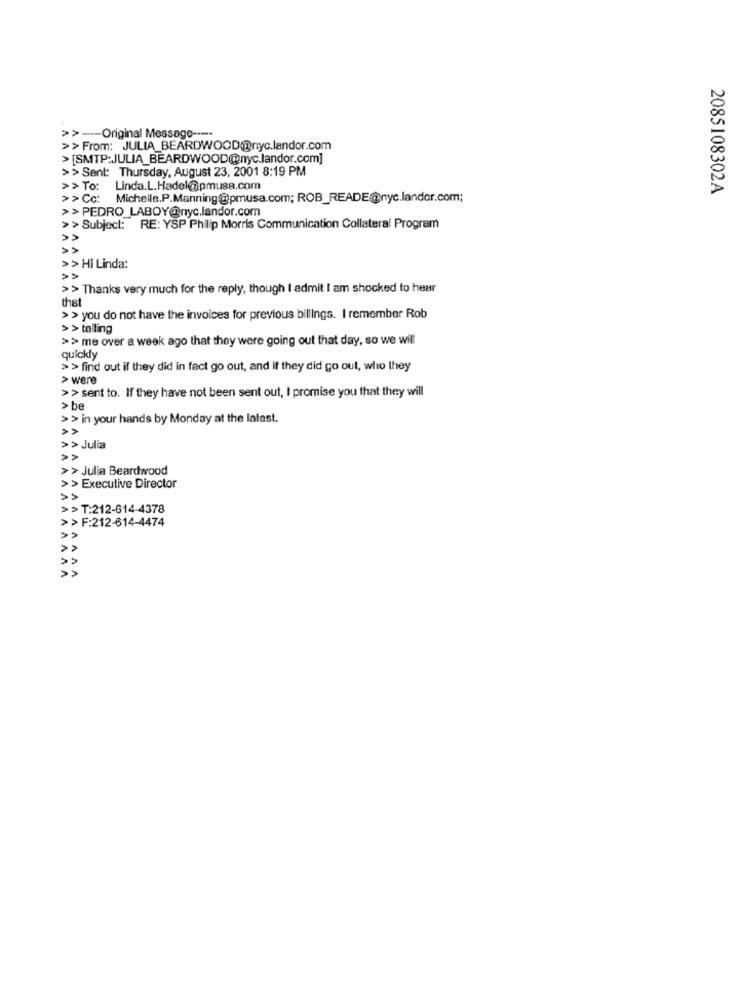
>>-Original Message ----
>> From: JULIA_BEARDWOOD@nyc.landor.com
> [SMTP:JULIA_BEARDWOOD@nyc.landor.com]
>> Sent: Thursday, August 23, 2001 8:19 PM
>>To:
Linda.L.Hadel@pmusa.com
2085108302A
>>Cc: Michelle.P.Manning@pmusa.com; ROB_READE@nyc.landor.com;
>>PEDRO_LABOY@nyc.landor.com
>>Subject: RE: YSP Philip Morris Communication Collateral Program
>> Hi Linda:
>> Thanks very much for the reply, though I admit I am shocked to hear
that
>> you do not have the invoices for previous billings. I remember Rob
> > telling
>> me over a week ago that they were going out that day, so we will
quickly
>> find out if they did in fact go out, and if they did go out, who they
> were
>> sent to. If they have not been sent out, I promise you that they will
> be
>> in your hands by Monday at the latest.
>> Julia
>> Julia Beardwood
AAAA
>> Executive Director
>> T:212-614-4378
>> F:212-614-4474
AAAAAA